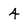
Character: 4